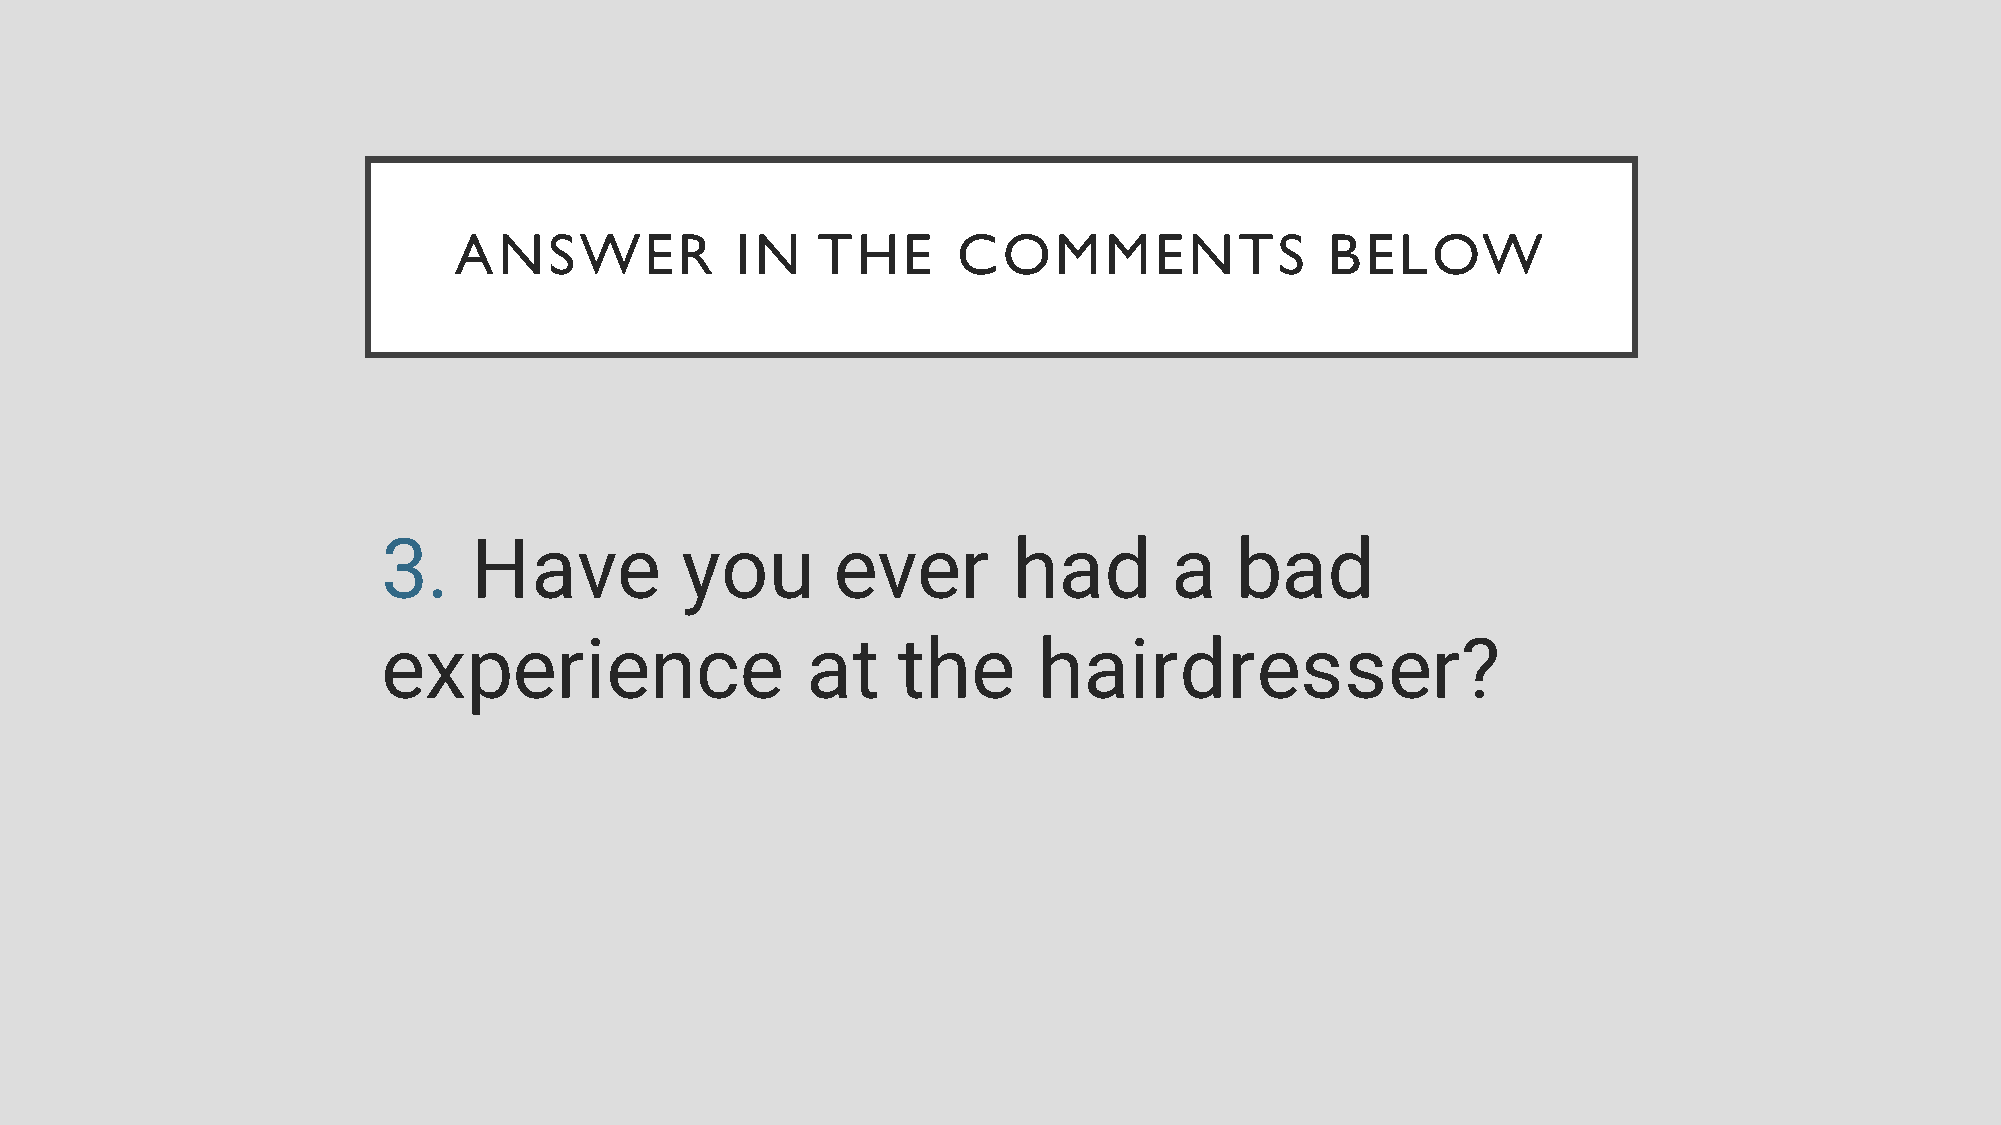
ANSWER             IN   THE      COMMENTS                 BELOW
 3.    Have          you       ever        had        a   bad
 experience                  at    the       hairdresser?